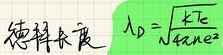
\[
\lambda_{D}=\sqrt{\frac{kT_{e}}{4 \pi n e^{2}}}
\]
德拜长度